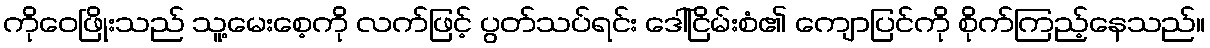
ကိုဝေဖြိုးသည် သူ့မေးစေ့ကို လက်ဖြင့် ပွတ်သပ်ရင်း ဒေါ်ငြိမ်းစံ၏ ကျောပြင်ကို စိုက်ကြည့်နေသည်။